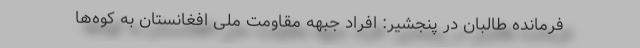
فرمانده طالبان در پنجشیر: افراد جبهه مقاومت ملی افغانستان به کوه‌ها